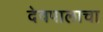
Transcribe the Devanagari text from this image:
देवपालाचा